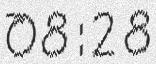
08:28